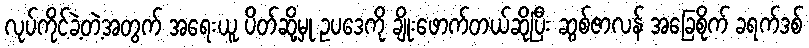
လုပ်ကိုင်ခဲ့တဲ့အတွက် အရေးယူ ပိတ်ဆို့မှု ဥပဒေကို ချိုးဖောက်တယ်ဆိုပြီး ဆွစ်ဇာလန် အခြေစိုက် ခရက်ဒစ်